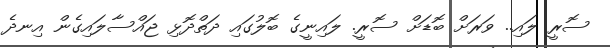
ސޮރީ ލައި.. ވަރަށް ބޮޑަށް ސޮރީ. ލައިނީގެ ބޮލުގައި ދަތްދޮޅި ޖައްސާލައިގެން އިނދެ